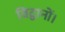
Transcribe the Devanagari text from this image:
विद्वानों।